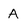
Character: A